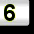
Digit: 3